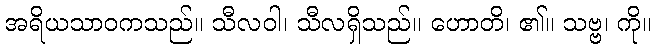
အရိယသာဝကသည်။ သီလဝါ၊ သီလရှိသည်။ ဟောတိ၊ ၏။ သဗ္ဗ၊ ကို။